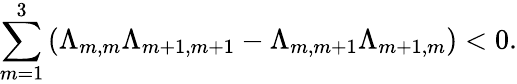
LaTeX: \sum_{m=1}^{3}\left(\Lambda_{m,m}\Lambda_{m+1,m+1}-\Lambda_{m,m+1}\Lambda_{m+1,m}\right)<0.